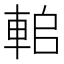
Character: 𨋱